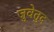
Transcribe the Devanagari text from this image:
जुवेतुद